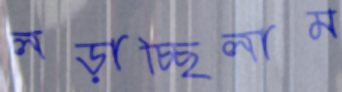
লড়াচ্ছিলাম